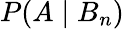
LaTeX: P(A\mid B_{n})